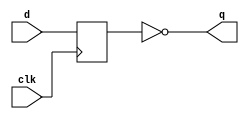
module top(input clk, input d, output q);
reg r;
always @(posedge clk) begin
r <= d;
end
assign q = ~r;
endmodule